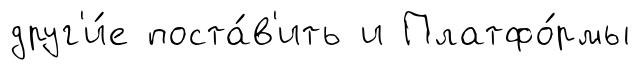
друг'и́е поста́в'ить и Платфо́рмы